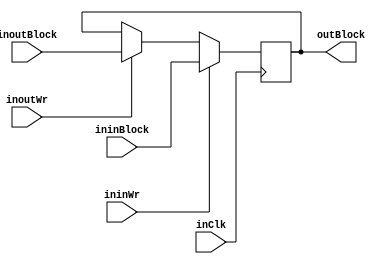
//There is stored state after each round of a cipher.

module RoundReg (
	input wire		 	  	inClk,
	input wire	         inoutWr,
	input wire  [511:0]  inoutBlock,
	input wire	         ininWr,
	input wire  [511:0]  ininBlock,
	output wire [511:0]  outBlock);
	

reg [511:0] regBlock = 512'b0;

always @ (posedge(inClk))
begin
	if (inoutWr == 1'b1) begin
		regBlock <= inoutBlock;
	end
	if (ininWr == 1'b1) begin
		regBlock <= ininBlock;
	end
end

assign outBlock = regBlock;
									
endmodule